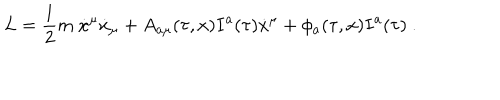
LaTeX: L = \frac 1 2 m \ \dot { x } ^ { \mu } \dot { x } _ { \mu } + A _ { a \mu } ( \tau , x ) I ^ { a } ( \tau ) \dot { x } ^ { \mu } + \phi _ { a } ( \tau , x ) I ^ { a } ( \tau ) \ .